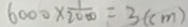
6 0 0 0 \times \frac { 1 } { 2 0 0 0 } = 3 ( c m )